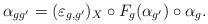
LaTeX: \begin{align*} \alpha_{gg'}=(\varepsilon_{g,g'})_X \circ F_g(\alpha_{g'}) \circ \alpha_g.\end{align*}